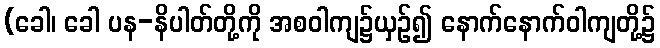
(ခေါ၊ ခေါ ပန-နိပါတ်တို့ကို အစဝါကျ၌ယှဉ်၍ နောက်နောက်ဝါကျတို့၌